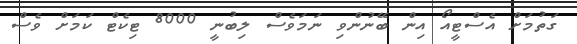
ގަތުމަށް އެސްޓީއޯ އިން ބޭނުންވި ނަމަވެސް ލިބުނީ 8000 ޓިކެޓް ކަމަށް ވެސް